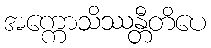
အက္ကောသိဿန္တီတိပေ